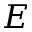
E